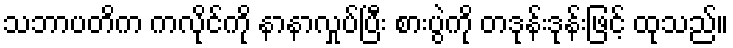
သဘာပတိက ကလိုင်ကို နာနာလှုပ်ပြီး စားပွဲကို တဒုန်းဒုန်းဖြင့် ထုသည်။